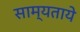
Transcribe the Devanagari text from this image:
साम्यताये